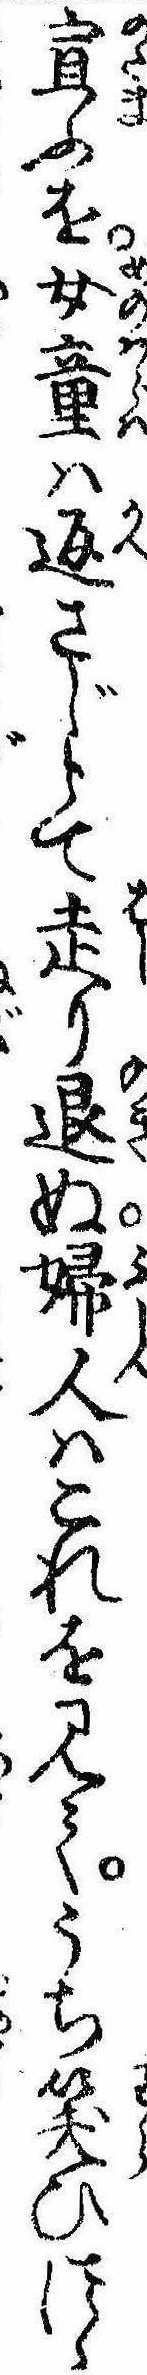
宣ふを女童は返さじとて走り退ぬ婦人はこれを見てうち笑ひつゝ